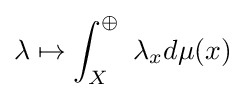
\lambda \mapsto \int _{X}^{\oplus }\ \lambda _{x}d\mu (x)